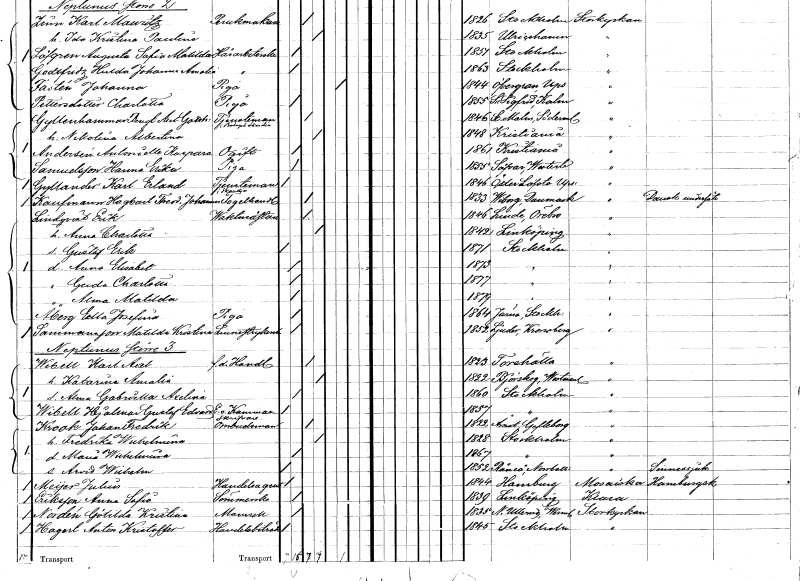
gt_parse: households: individuals: FN: Karl Erland
EN: Gyllander
YRKE: Tjänsteman vid försäkringsbolag
KON: M
CIV: O
FODAR: 1846
FODFORS: Österlövsta Uppsala län
FN: Hagbart Theodor Johannes
EN: Kanfmann
YRKE: Tagelhandlare
KON: M
CIV: G
FODAR: 1833
FN: Erik
EN: Lindqvist
YRKE: Vaktmästare
KON: M
CIV: G
FODAR: 1846
FODFORS: Linde bergsförsamling Örebro län
FN: Anna Charlotta
KON: K
CIV: G
FODAR: 1842
FODFORS: Linköping Östergötlands län
FN: Gustaf Erik
KON: M
CIV: O
FODAR: 1871
FODFORS: Stockholm
FN: Anna Elisabet
KON: K
CIV: O
FODAR: 1873
FODFORS: Stockholm
FN: Gerda Charlotta
KON: K
CIV: O
FODAR: 1877
FODFORS: Stockholm
FN: Alma Matilda
KON: K
CIV: O
FODAR: 1879
FODFORS: Stockholm
FN: Edla Josefina
EN: Åberg
YRKE: Piga
KON: K
CIV: O
FODAR: 1864
FODFORS: Järna Stockholms län
FN: Matilda Kristina
EN: Sammansson
YRKE: Linnestrykerska
KON: K
CIV: O
FODAR: 1852
FODFORS: Ljuder Kronobergs län
FN: Karl Axel
EN: Wicell
YRKE: Handlande f.d.
KON: M
CIV: G
FODAR: 1823
FODFORS: Torshälla Södermanlands län
FN: Katarina Amalia
KON: K
CIV: G
FODAR: 1822
FODFORS: Björskog Västmanlands län
FN: Alma Gabriella Axelina
KON: K
CIV: O
FODAR: 1860
FODFORS: Stockholm
FN: Hjalmar Gustaf Edvard
EN: Wicell
YRKE: Kammarskrivare e. o.
KON: M
CIV: O
FODAR: 1857
FODFORS: Stockholm
FN: Johan Fredrik
EN: Krook
YRKE: Ombudsman
KON: M
CIV: G
FODAR: 1822
FODFORS: Åmot Gävleborgs län
FN: Fredrika Wilhelmina
KON: K
CIV: G
FODAR: 1828
FODFORS: Stockholm
FN: Maria Wilhelmina
KON: K
CIV: O
FODAR: 1867
FODFORS: Stockholm
FN: Arvid Wilhelm
KON: M
CIV: O
FODAR: 1852
FODFORS: Råneå Norrbottens län
FN: Julius
EN: Meÿer
YRKE: Handelsagent
KON: M
CIV: O
FODAR: 1844
FN: Anna Sofia
EN: Eriksson
YRKE: Sömmerska
KON: K
CIV: O
FODAR: 1839
FODFORS: Linköping Östergötlands län
FN: Götilda Kristina
EN: Nordén
KON: K
CIV: O
FODAR: 1855
FODFORS: Nedre Ullerud Värmlands län
FN: Anton Kristoffer
EN: Hagert
YRKE: Handelsbiträde
KON: M
CIV: O
FODAR: 1845
FODFORS: Stockholm